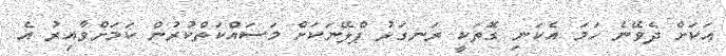
އަކަށް ދެވޭނެ ހަމަ އެކަނި ގޮތަކީ ރަނގަޅު ޕްލޭނަކަށް މަސައްކަތްކުރުން ކަމަށްވާއިރު އެ